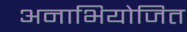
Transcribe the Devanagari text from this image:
अनाभियोजित